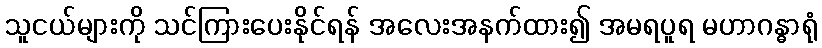
သူငယ်များကို သင်ကြားပေးနိုင်ရန် အလေးအနက်ထား၍ အမရပူရ မဟာဂန္ဓာရုံ